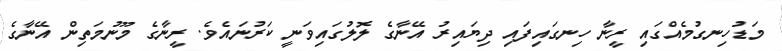
މަޑުހިނގުމެއްގައި ރީނާ ހިނގައިފައި ދިޔައިރު އޭނާގެ ލޮލުގައިވަނީ ކަރުނައެވެ. ރީނާގެ މޫނުމަތިން އޭނާގެ